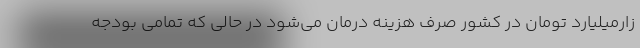
زارمیلیارد تومان در کشور صرف هزینه درمان می‌شود در حالی که تمامی بودجه